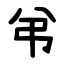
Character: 弚